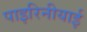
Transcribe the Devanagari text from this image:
पाइरिनीयाई